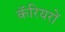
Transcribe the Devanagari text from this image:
कॅरियरों